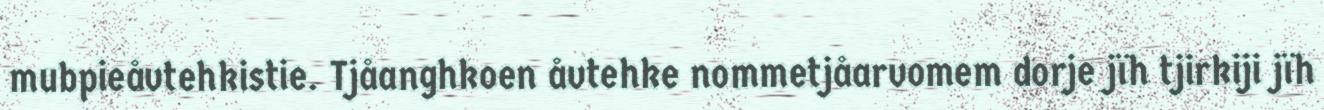
mubpieåvtehkistie. Tjåanghkoen åvtehke nommetjåarvomem dorje jïh tjirkiji jïh